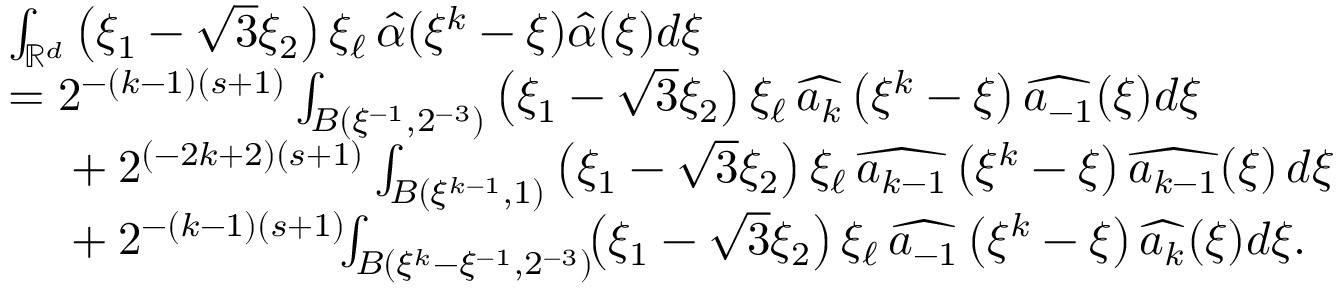
\begin{array} { r l } & { \int _ { \mathbb { R } ^ { d } } \left( \xi _ { 1 } - \sqrt { 3 } \xi _ { 2 } \right) \xi _ { \ell } \, \hat { \alpha } ( \xi ^ { k } - \xi ) \hat { \alpha } ( \xi ) d \xi } \\ & { = 2 ^ { - ( k - 1 ) ( s + 1 ) } \int _ { B ( \xi ^ { - 1 } , 2 ^ { - 3 } ) } \left( \xi _ { 1 } - \sqrt { 3 } \xi _ { 2 } \right) \xi _ { \ell } \, \widehat { a _ { k } } \left( \xi ^ { k } - \xi \right) \widehat { a _ { - 1 } } ( \xi ) d \xi } \\ & { \phantom { . . . . } + 2 ^ { ( - 2 k + 2 ) ( s + 1 ) } \int _ { B ( \xi ^ { k - 1 } , 1 ) } \left( \xi _ { 1 } - \sqrt { 3 } \xi _ { 2 } \right) \xi _ { \ell } \, \widehat { a _ { k - 1 } } \left( \xi ^ { k } - \xi \right) \widehat { a _ { k - 1 } } ( \xi ) \, d \xi } \\ & { \phantom { . . . . } + 2 ^ { - ( k - 1 ) ( s + 1 ) } \! \! \int _ { B ( \xi ^ { k } - \xi ^ { - 1 } , 2 ^ { - 3 } ) } \! \! \left( \xi _ { 1 } - \sqrt { 3 } \xi _ { 2 } \right) \xi _ { \ell } \, \widehat { a _ { - 1 } } \left( \xi ^ { k } - \xi \right) \widehat { a _ { k } } ( \xi ) d \xi . } \end{array}